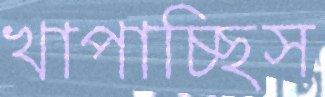
খাপাচ্ছিস